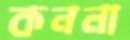
কননা